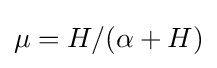
\mu =H/(\alpha +H)